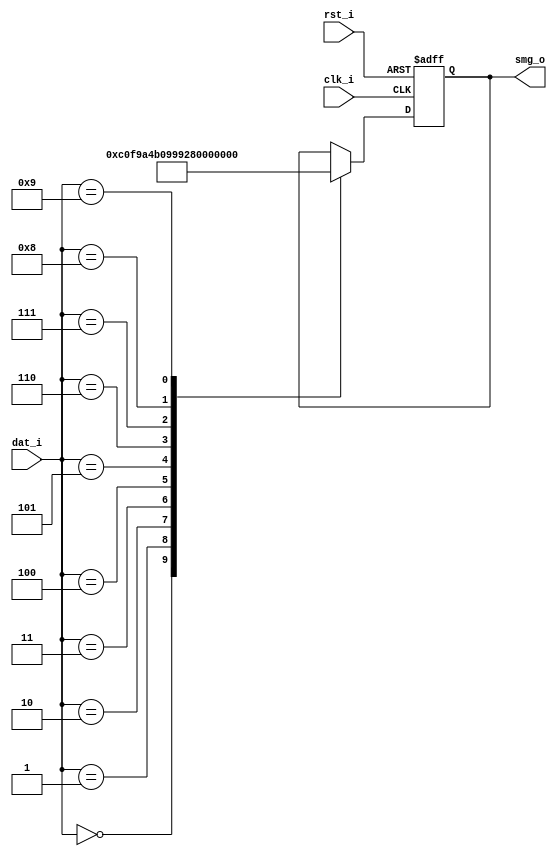
module smg_encoder_module
(
	clk_i,
	rst_i,
	dat_i,
	smg_o
);

input 		clk_i;
input			rst_i;
input[3:0]	dat_i;
output[7:0]	smg_o;	


parameter SMG_0  = 8'b1100_0000;
parameter SMG_1  = 8'b1111_1001;    
parameter SMG_2  = 8'b1010_0100;    
parameter SMG_3  = 8'b1011_0000;    
parameter SMG_4  = 8'b1001_1001;    
parameter SMG_5  = 8'b1001_0010;    
parameter SMG_6  = 8'b1000_0010;    
parameter SMG_7  = 8'b1111_1000;    
parameter SMG_8  = 8'b1000_0000;    
parameter SMG_9  = 8'b1001_0000;    
                 
reg[7:0] smg_r = 0;

assign smg_o = smg_r[7:0];


always@(posedge clk_i or negedge rst_i)
begin
	if(!rst_i)begin
		smg_r <= 0;
	end
	
	else begin
		case(dat_i)
			4'd0	:	smg_r <= SMG_0;
			4'd1	:	smg_r <= SMG_1;
			4'd2	:	smg_r <= SMG_2;
			4'd3	:	smg_r <= SMG_3;
			4'd4	:	smg_r <= SMG_4;
			4'd5	:	smg_r <= SMG_5;
			4'd6	:	smg_r <= SMG_6;
			4'd7	:	smg_r <= SMG_7;
			4'd8	:	smg_r <= SMG_8;
			4'd9	:	smg_r <= SMG_9;
		endcase
	end
end
endmodule